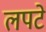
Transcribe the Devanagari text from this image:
लपटे